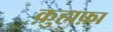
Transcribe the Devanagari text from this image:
क़ुहाफ़ा